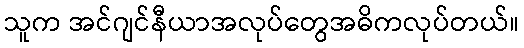
သူက အင်ဂျင်နီယာအလုပ်တွေအဓိကလုပ်တယ်။